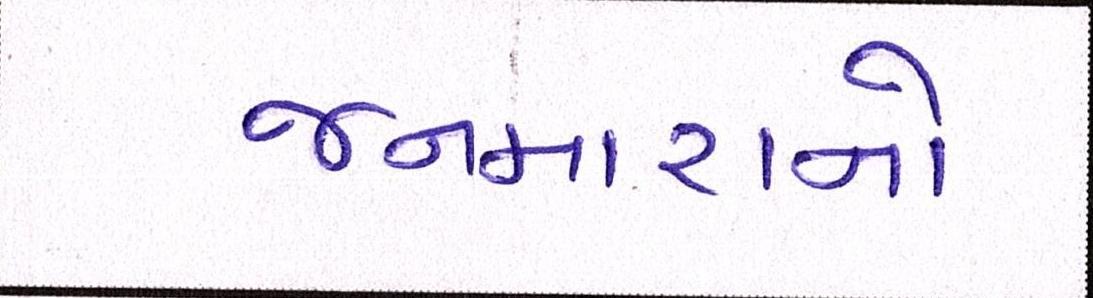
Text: જનમારાનો